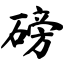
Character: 磅